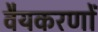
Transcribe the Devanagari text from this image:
वैयकरणों